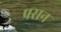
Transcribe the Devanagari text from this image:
प्रसन